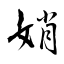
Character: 娋